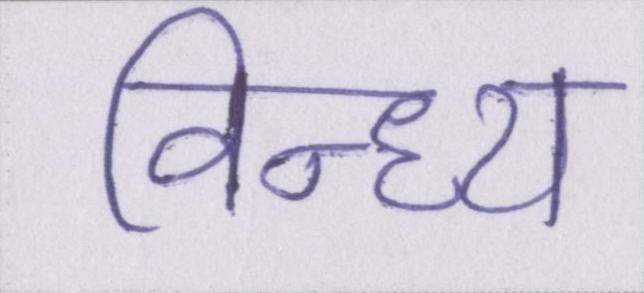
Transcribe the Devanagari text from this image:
विन्ध्य